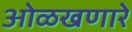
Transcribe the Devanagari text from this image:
ओळखणारे